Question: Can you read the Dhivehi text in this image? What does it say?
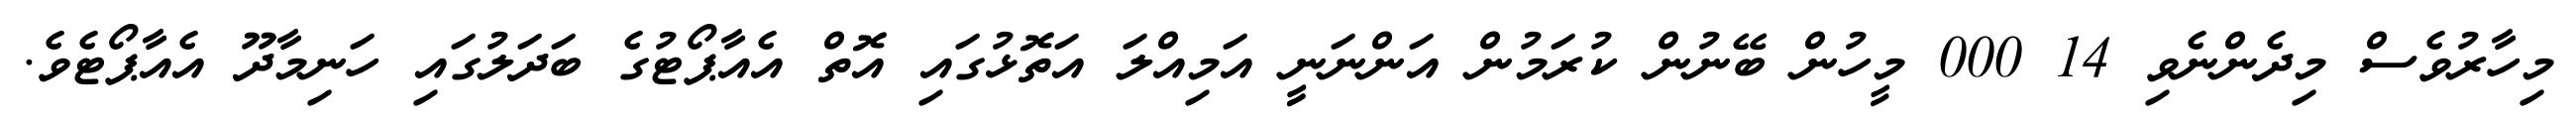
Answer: މިހާރުވެސް މިދެންނެވި 14 000 މީހުން ބޭނުން ކުރަމުން އަންނަނީީ އަމިއްލަ އަތޮޅުގައި އޮތް އެއާޕޯޓުގެ ބަދަލުގައި ހަނިމާދޫ އެއާޕޯޓެވެ.